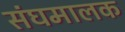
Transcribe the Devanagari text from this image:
संघमालक